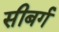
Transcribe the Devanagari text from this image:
सीबर्ग